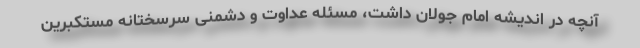
آنچه در اندیشه امام جولان داشت، مسئله عداوت و دشمنی سرسختانه مستکبرین